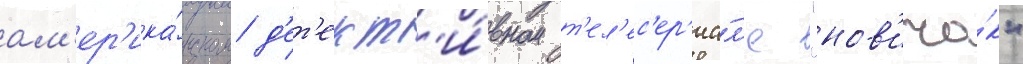
ам'ер'ика́нском д'ет'ект'и́вном т'ел'ес'ер'иа́л'е "нов'ичо́к"